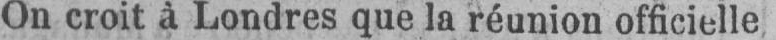
On croit à Londres que la réunion officielle